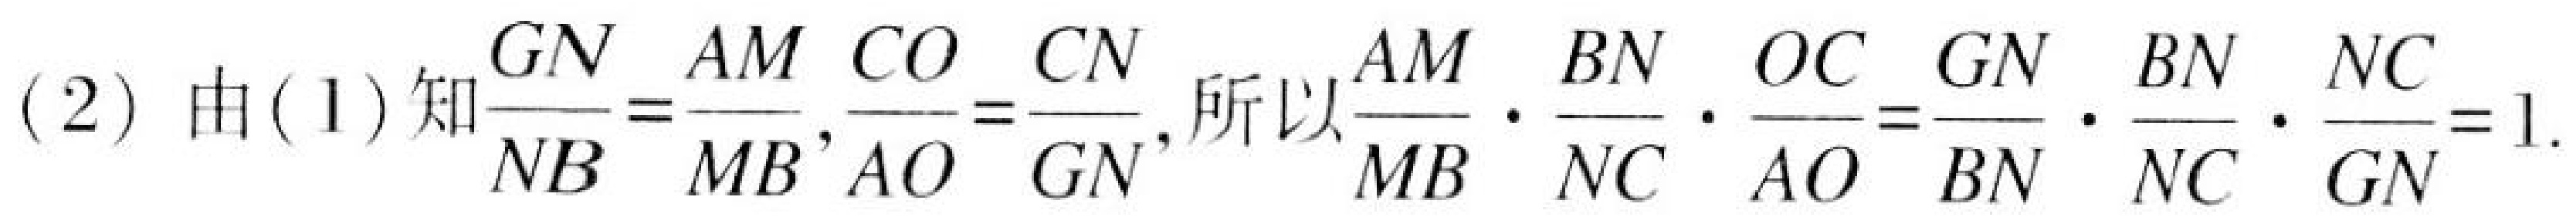
(2) 由(1)知$\frac{GN}{NB}=\frac{AM}{MB},\frac{CO}{AO}=\frac{CN}{GN}$,所以$\frac{AM}{MB}\cdot\frac{BN}{NC}\cdot\frac{OC}{AO}=\frac{GN}{BN}\cdot\frac{BN}{NC}\cdot\frac{NC}{GN}=1$.